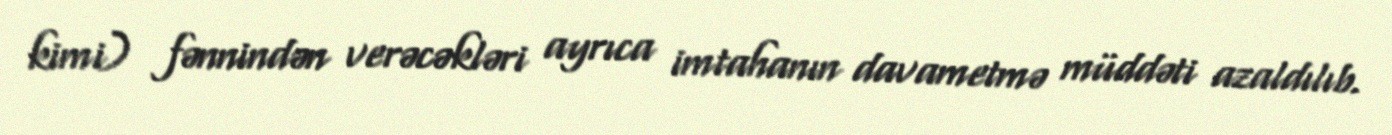
kimi) fənnindən verəcəkləri ayrıca imtahanın davametmə müddəti azaldılıb.